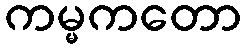
ကမ္မကတော